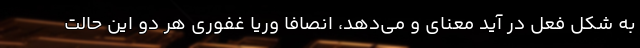
به شکل فعل در آید معنای و می‌دهد، انصافا وریا غفوری هر دو این حالت